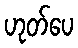
ဟုတ်ပေ